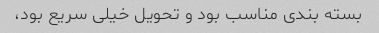
بسته بندی مناسب بود و تحویل خیلی سریع بود،